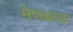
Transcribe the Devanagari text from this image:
मेणबत्या